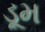
ડૂમ